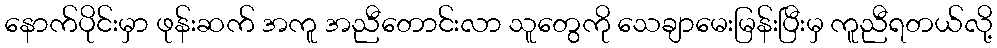
နောက်ပိုင်းမှာ ဖုန်းဆက် အကူ အညီတောင်းလာ သူတွေကို သေချာမေးမြန်းပြီးမှ ကူညီရတယ်လို့